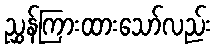
ညွှန်ကြားထားသော်လည်း